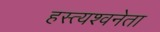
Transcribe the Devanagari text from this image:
हस्त्यश्वनेता